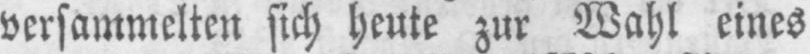
versammelten sich heute zur Wahl eines